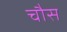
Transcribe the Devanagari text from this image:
चौस